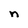
Character: n